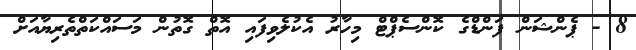
8 - ޕެންޝަން ފަންޑްގެ ކޮންސެޕްޓް މިހާރު އެކުލެވިފައި އޮތް ގޮތުން މަސައްކަތްތެރިޔާއަށް